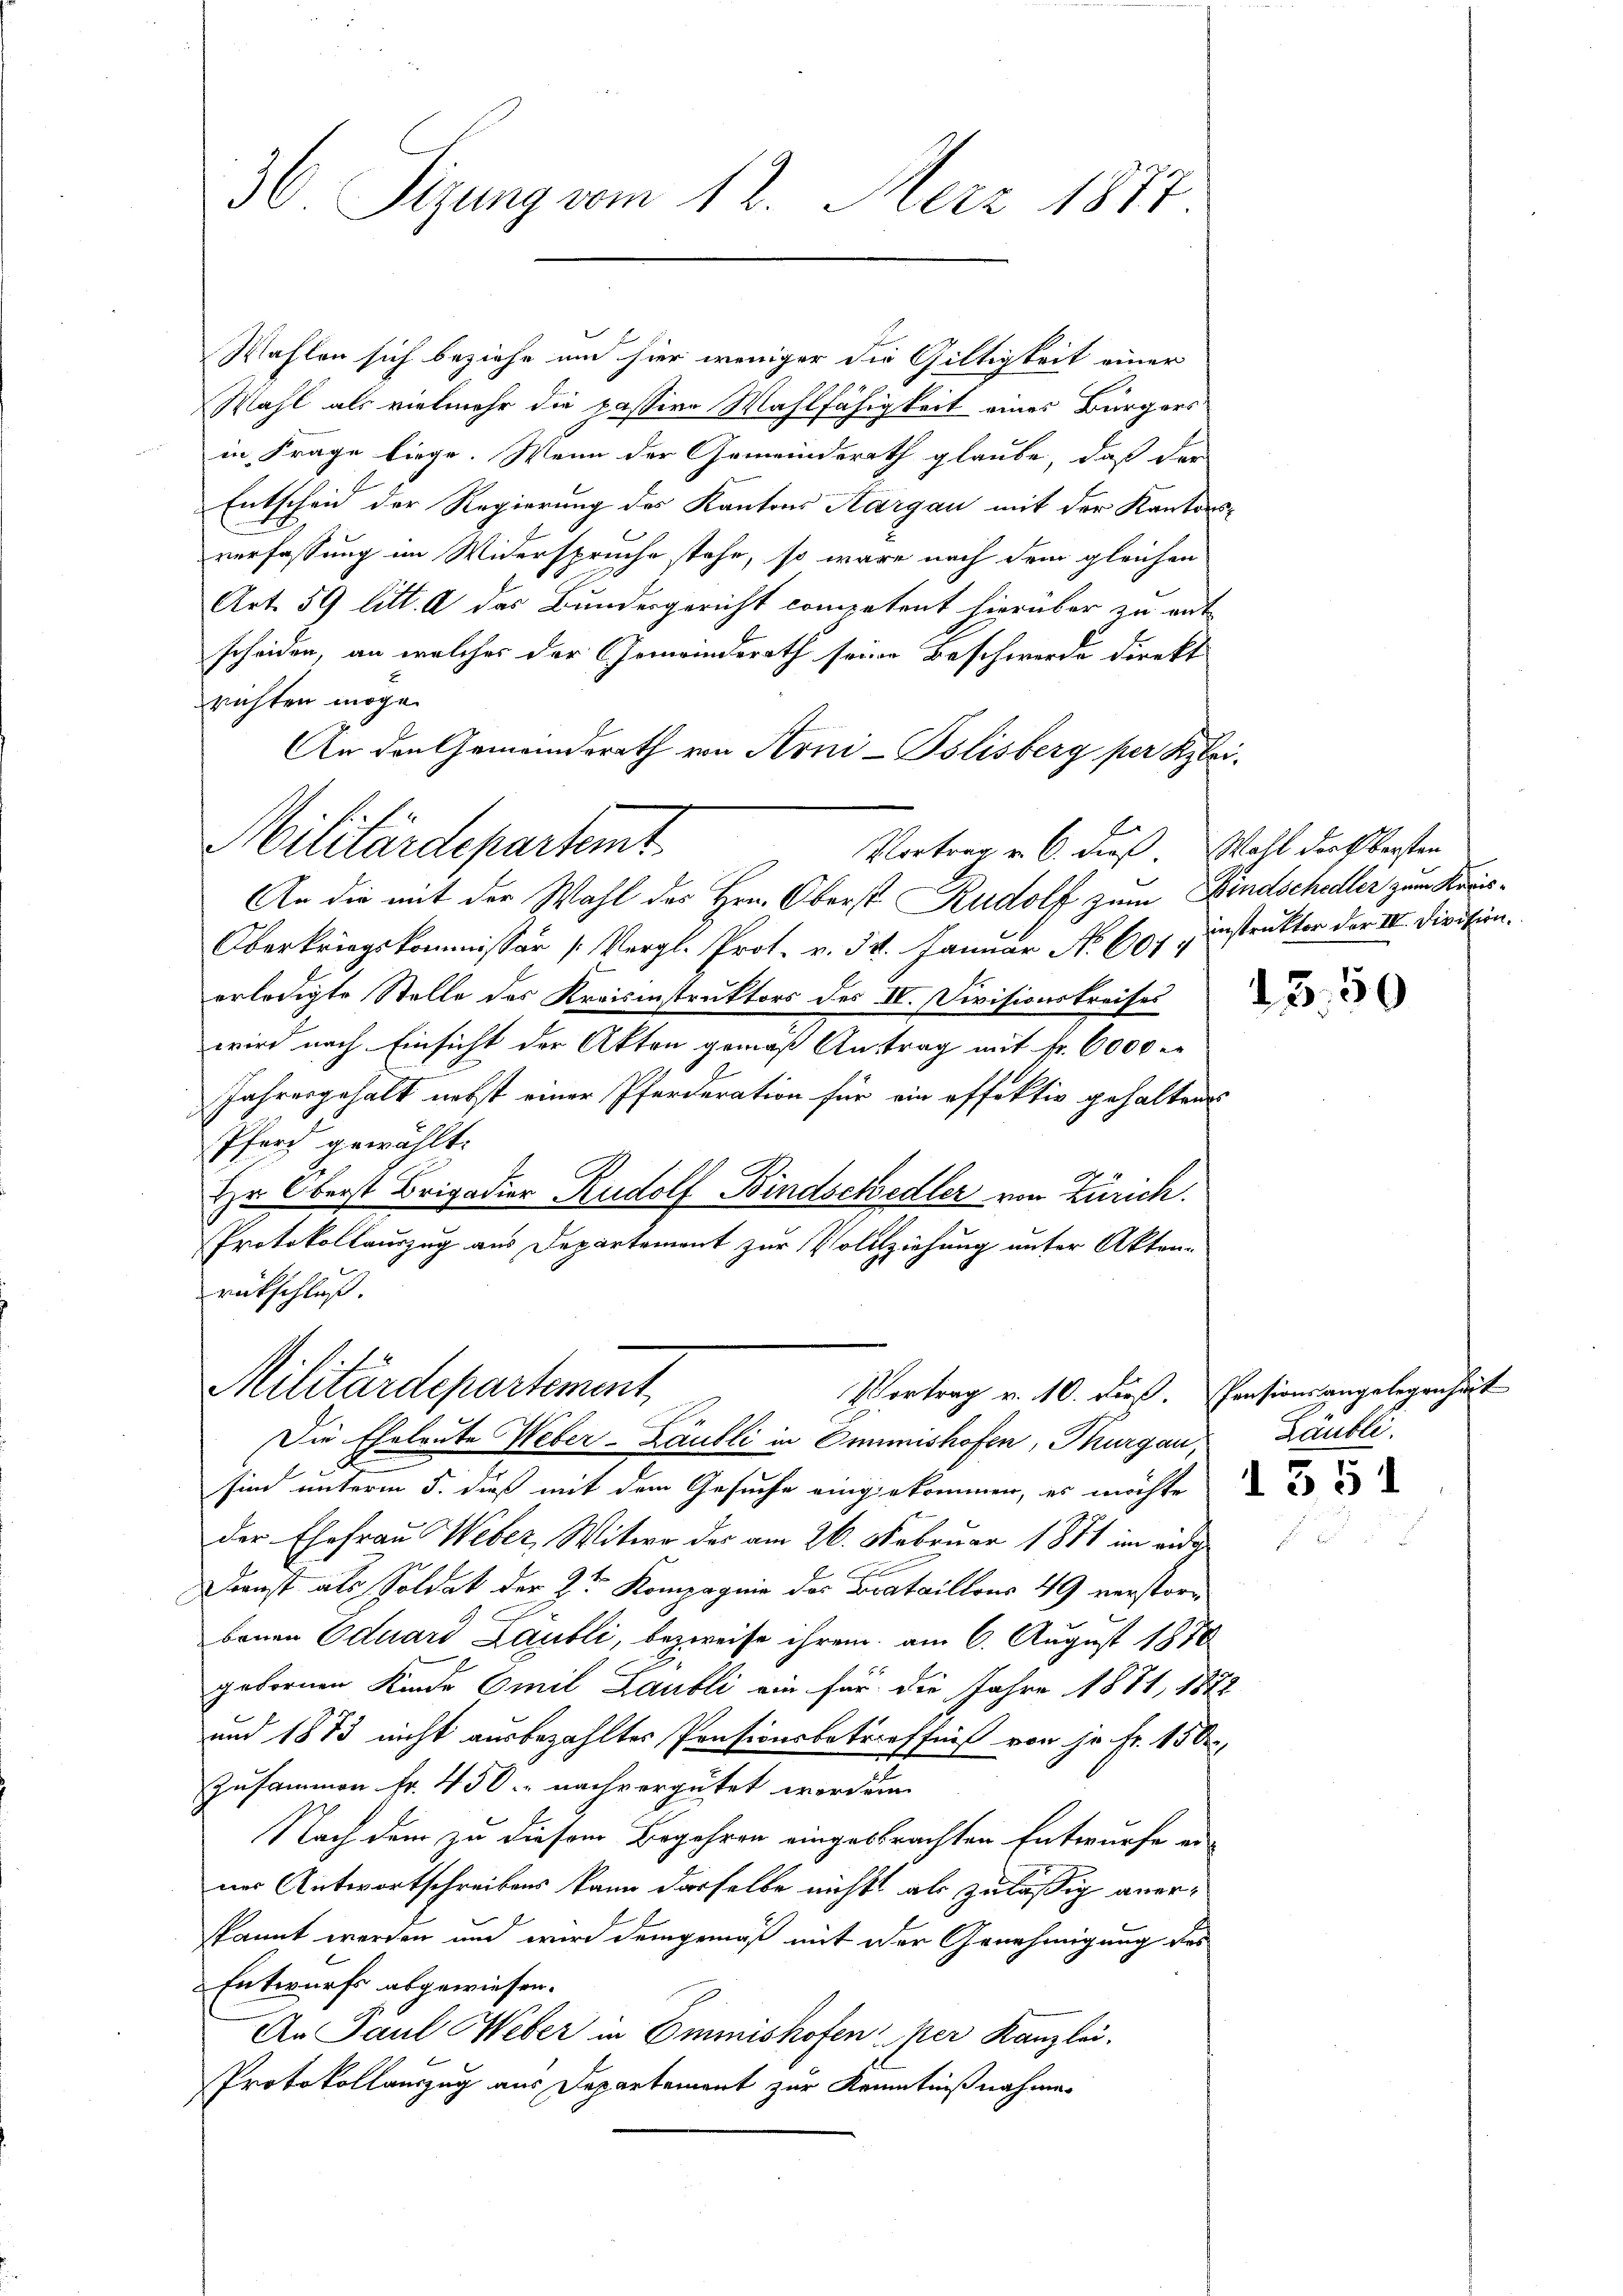
30. Sizung vom 12. Merz 1877.

Wahlen sich beziehe und hier weniger die Gültigkeit einer
Mahl als vielmehr die passive Wahlfähigkeit eines Bürgers
in Frage liege. Wenn der Gemeinderath glaube, daß der
Entscheid der Regierung des Kantons Aargau mit der Kantons-
verfassung im Widersprüche stehe, so wäre nach dem gleichen
Art. 59 litt. A des Bundesgericht competent hierüber zu mit
scheiden, an welches der Gemeinderath seine Beschwerde direkt
richten möge.
An den Gemeinderath von Arni-Bslisberg per Kleik. 1.
Miliardepartemt
Vortrag v. 6. dieß. Wahl dort bersten
An die mit der Wahl des Hrn. Oberst Rudolf zum Kindschedler zum Kreis¬
Oberkriegskommissär (Vergl. Prot. v. 58. Januar No. 604.
erledigte Stelle des Kreisinstruktors des IV. Divisionskreises
wird nach Einsicht der Akten gemäß Antrag mit Fr. 6000 e
Jahresgehalt nebst einer Pferderation für ein offektiv gehalten
Pferd gewählt:
Hr. Oberst Brigadier Rudolf Bindschedler von Zürich.
Protokollauszug aus Departement zur Vollziehung unter Aktenrückschluß.

Die Eheleute Weber-Läubli in Omimishofen, Thurgau, Läubli
sind unterm 5. dieß mit dem Gesuche eingekommen, er möchte au
der Ehefrau Weber, Witwe der am 26. Februar 1871 im eidg
Dienst als Soldat der 2te Kompagnie des Erataillons 49 verstorbenen Eduard Laubli, bezweife ihrem am 6. August 1878
gebornen Kinde Emil Laubli ein für die Jahre 1881, 1882
und 1873 nicht ausbezahltes Pensionsbetreffniß von je Fr. 150,
Zusammen fr. 450 nachvergütet worden.
Nach dem zu diesem Begehren eingesprachten Entwurfe an-
ner Antwortschreibens kann dasselbe nichts als zulässig anerskannt werden und wird demgemäß mit der Genehmigung des
Entwurfs abgewiesen.
An Paul Weber in Emmishofen per Kanzlei-
Protokollauszug aus Departement zur Kenntnißnahmen

E

Militärdepartement
Vortrag v. 10. dieß. Pensionsangelegenheit

instruktor der III. Division.